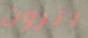
اترون